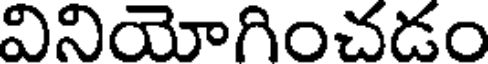
వినియోగించడం